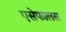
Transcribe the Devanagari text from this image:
एसेफालस